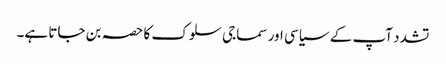
تشدد آپ کے سیاسی اور سماجی سلوک کا حصہ بن جاتا ہے۔